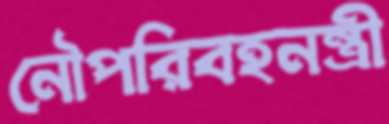
নৌপরিবহনন্ত্রী